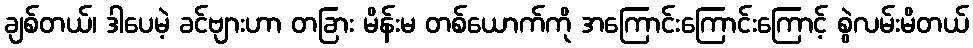
ချစ်တယ်၊ ဒါပေမဲ့ ခင်ဗျားဟာ တခြား မိန်းမ တစ်ယောက်ကို အကြောင်းကြောင်းကြောင့် စွဲလမ်းမိတယ်